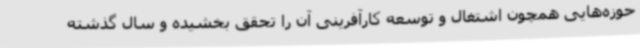
حوزه‌هایی همچون اشتغال و توسعه کارآفرینی آن را تحقق بخشیده و سال گذشته